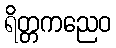
ရိတ္တကညေဝ